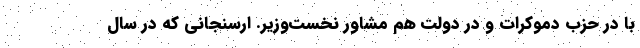
با در حزب دموکرات و در دولت هم مشاور نخست‌وزیر. ارسنجانی که در سال